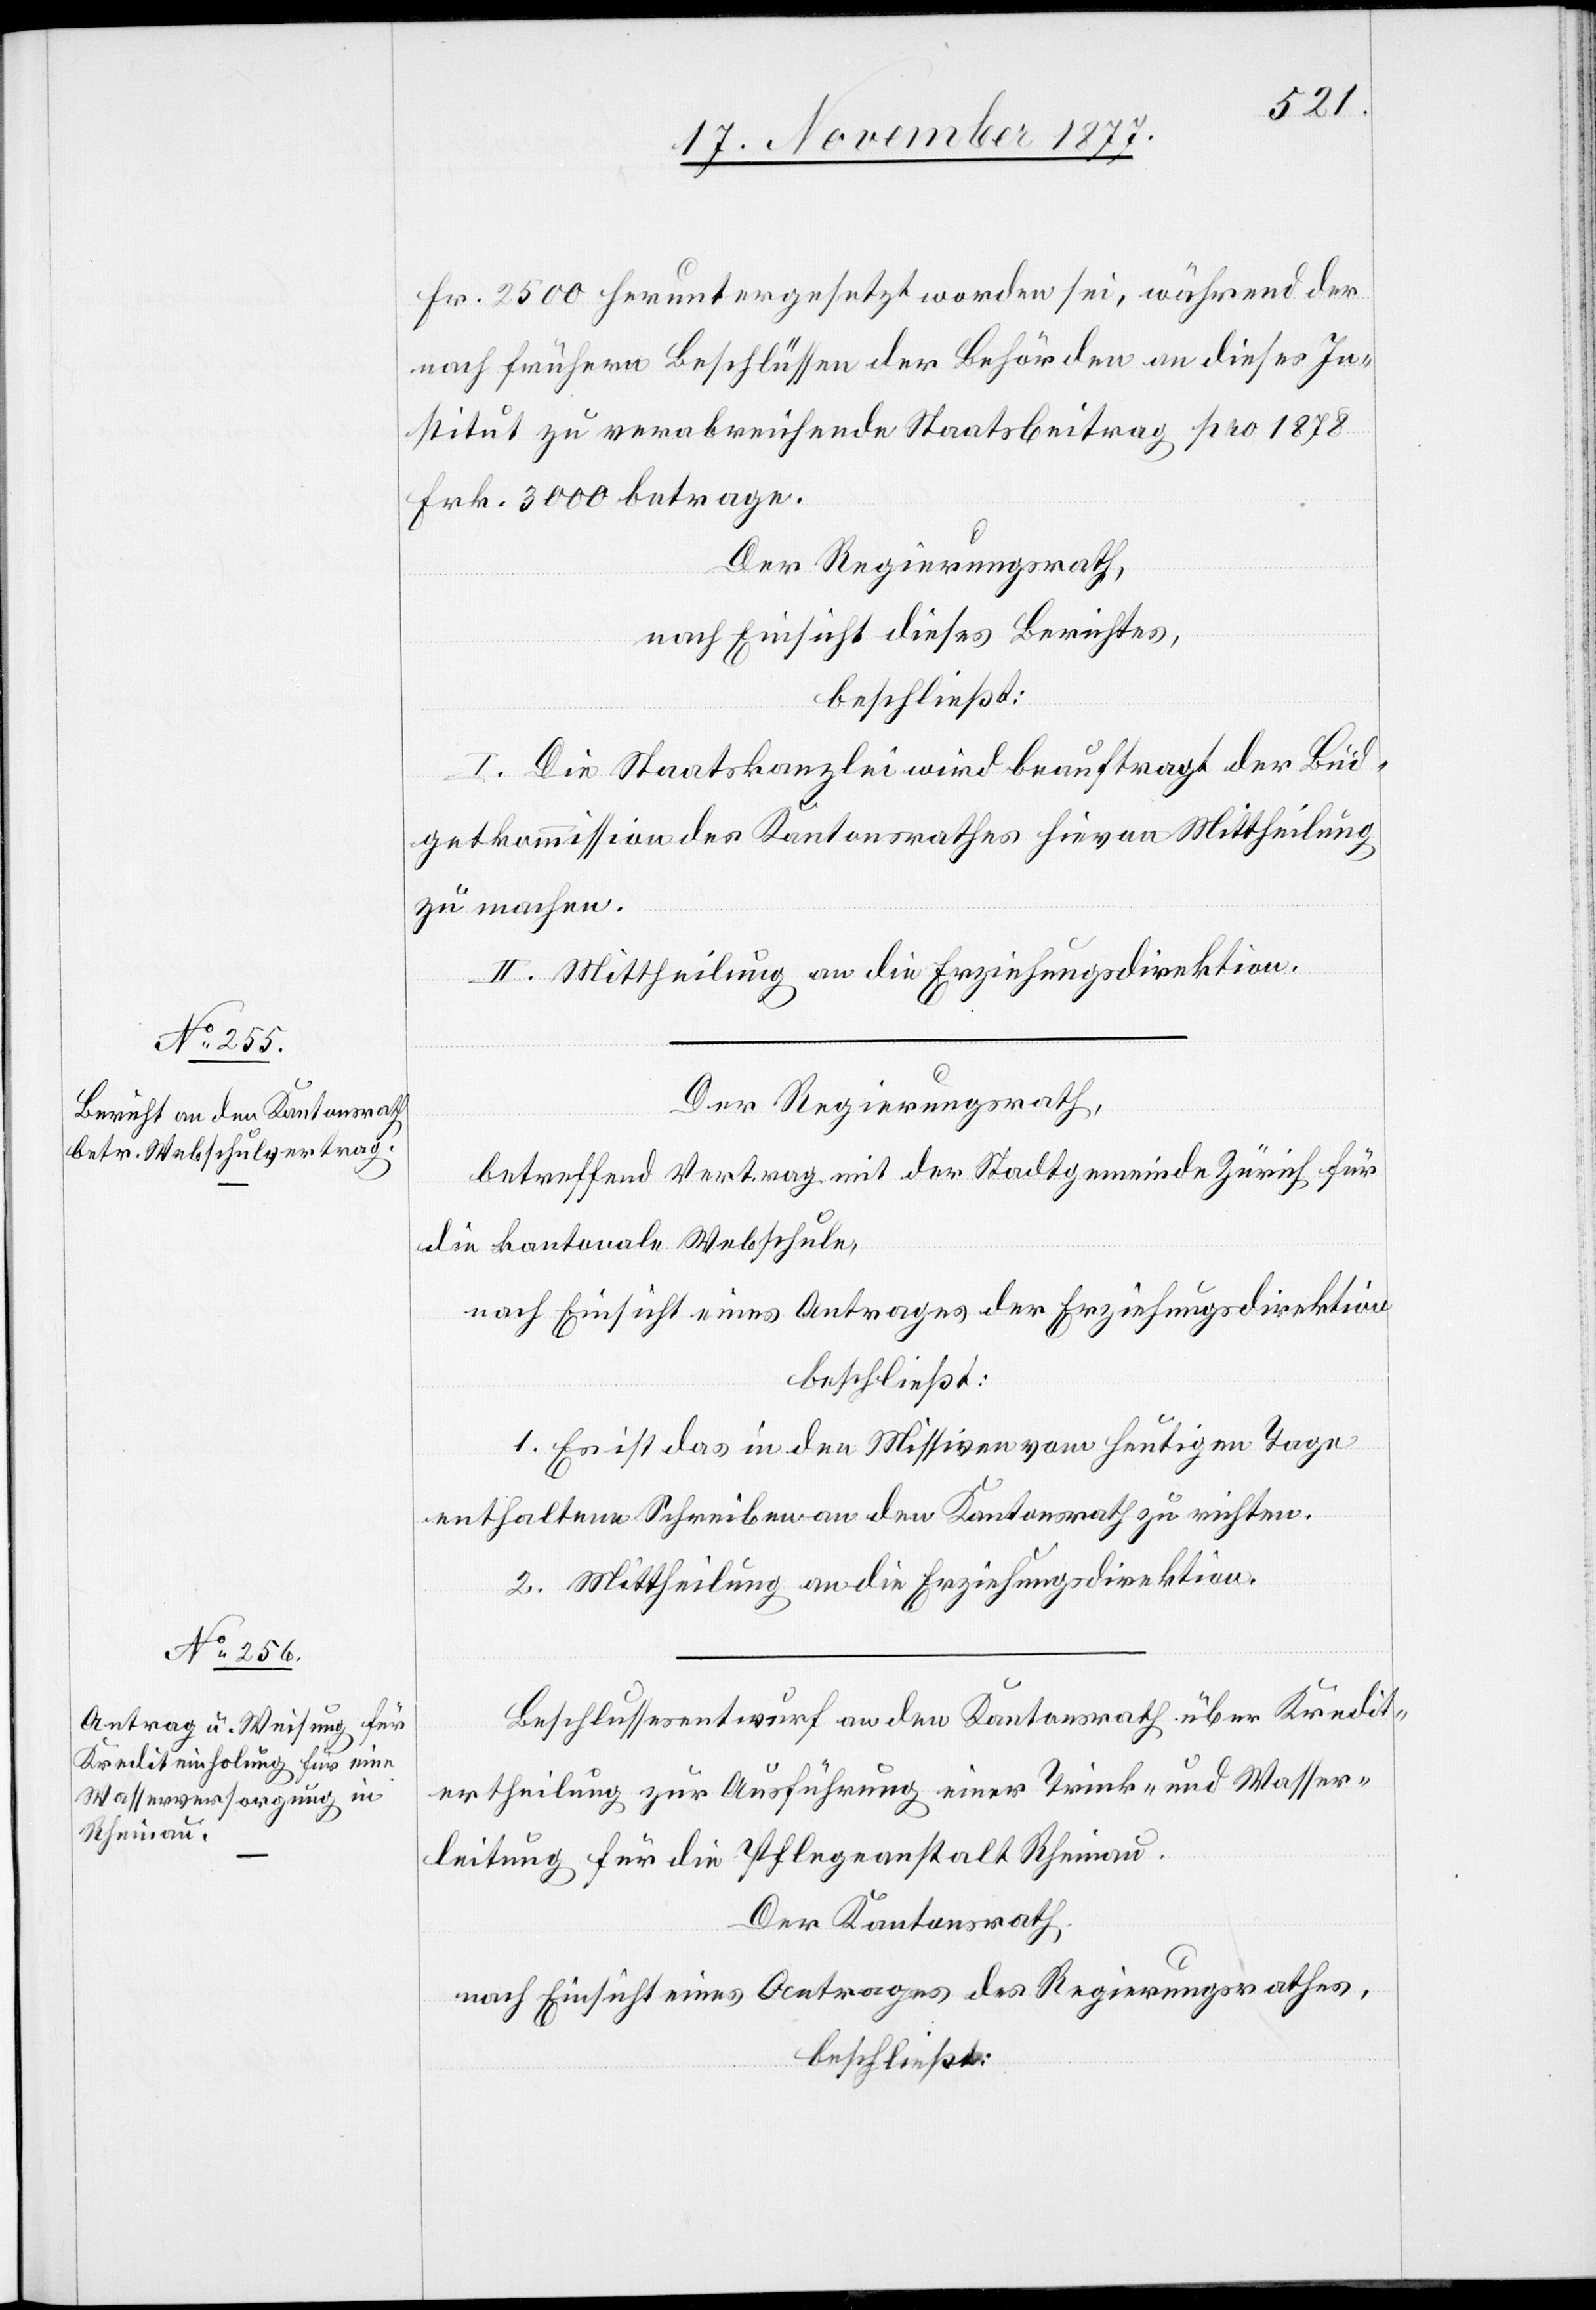
Fr. 2500 heruntergesetzt worden sei, während der
nach frühern Beschlüssen der Behörden an dieses In¬
stitut zu verabreichende Staatsbeitrag pro 1878
Frk. 3000 betrage.
Der Regierungsrath,
nach Einsicht dieses Berichtes,
beschließt:
I. Die Staatskanzlei wird beauftragt der Büd¬
getkommission des Kantonsrathes hievon Mittheilung
zu machen.
II. Mittheilung an die Erziehungsdirektion.
Der Regierungsrath,
betreffend Vertrag mit der Stadtgemeinde Zürich für
die kantonale Webschule,
nach Einsicht eines Antrages der Erziehungsdirektion
beschließt:
1. Es ist das in den Missiven vom heutigen Tage
enthaltene Schreiben an den Kantonsrath zu richten.
2. Mittheilung an die Erziehungsdirektion.
Beschlussesentwurf an den Kantonsrath über Kredit¬
ertheilung zur Ausführung einer Trink- und Wasser¬
leitung für die Pflegeanstalt Rheinau.
Der Kantonsrath,
nach Einsicht eines Antrages des Regierungsrathes,
beschließt: